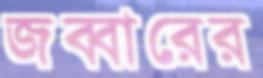
জব্বারের